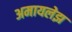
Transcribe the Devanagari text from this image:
अमायलेझ